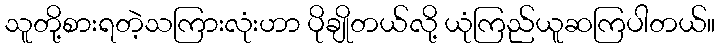
သူတို့စားရတဲ့သကြားလုံးဟာ ပိုချိုတယ်လို့ ယုံကြည်ယူဆကြပါတယ်။